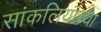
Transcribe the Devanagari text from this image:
सांकलियांच्या